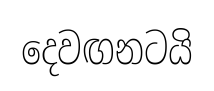
දෙවඟනටයි